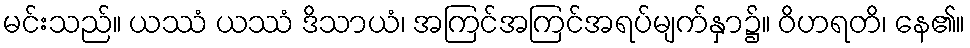
မင်းသည်။ ယဿံ ယဿံ ဒိသာယံ၊ အကြင်အကြင်အရပ်မျက်နှာ၌။ ဝိဟရတိ၊ နေ၏။